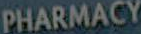
PHARMACY